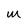
Character: M